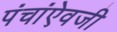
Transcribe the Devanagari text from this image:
पंचांऐवजी